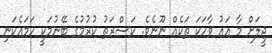
ޖީލަށް މާ އައު ވާހަކަ ތަކެއް ނޫނެވެ. ކަސްރަތު ކުރުމުގެ ބޭނުމަކީ ހަމައެކަނި